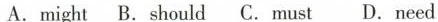
A.might B.Should C. Must D.Need